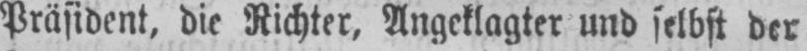
Präsident, die Richter, Angeklagter und selbst der